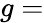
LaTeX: g=